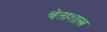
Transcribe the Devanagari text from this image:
चेताशास्त्र